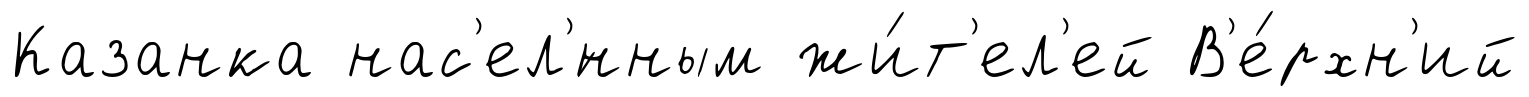
Казанка нас'ел'́нным жи́т'ел'ей В'е́рхн'ий